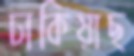
ঢাকিয়াছ